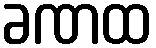
ခဏထ